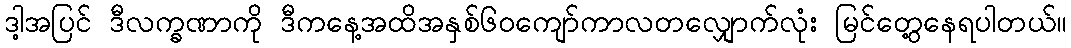
ဒါ့အပြင် ဒီလက္ခဏာကို ဒီကနေ့အထိအနှစ်၆ဝကျော်ကာလတလျှောက်လုံး မြင်တွေ့နေရပါတယ်။